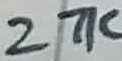
Text: 27K